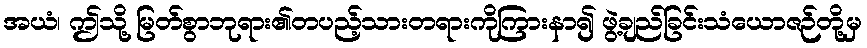
အယံ၊ ဤသို့ မြတ်စွာဘုရား၏တပည့်သားတရားကိုကြားနာ၍ ဖွဲ့ချည်ခြင်းသံယောဇဉ်တို့မှ